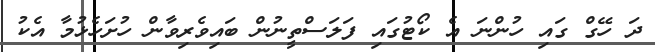
ދަ ހޭގް ގައި ހުންނަ އެ ކޯޓުގައި ފަލަސްތީނުން ބައިވެރިވާން ހުށަހެޅުމާ އެކު